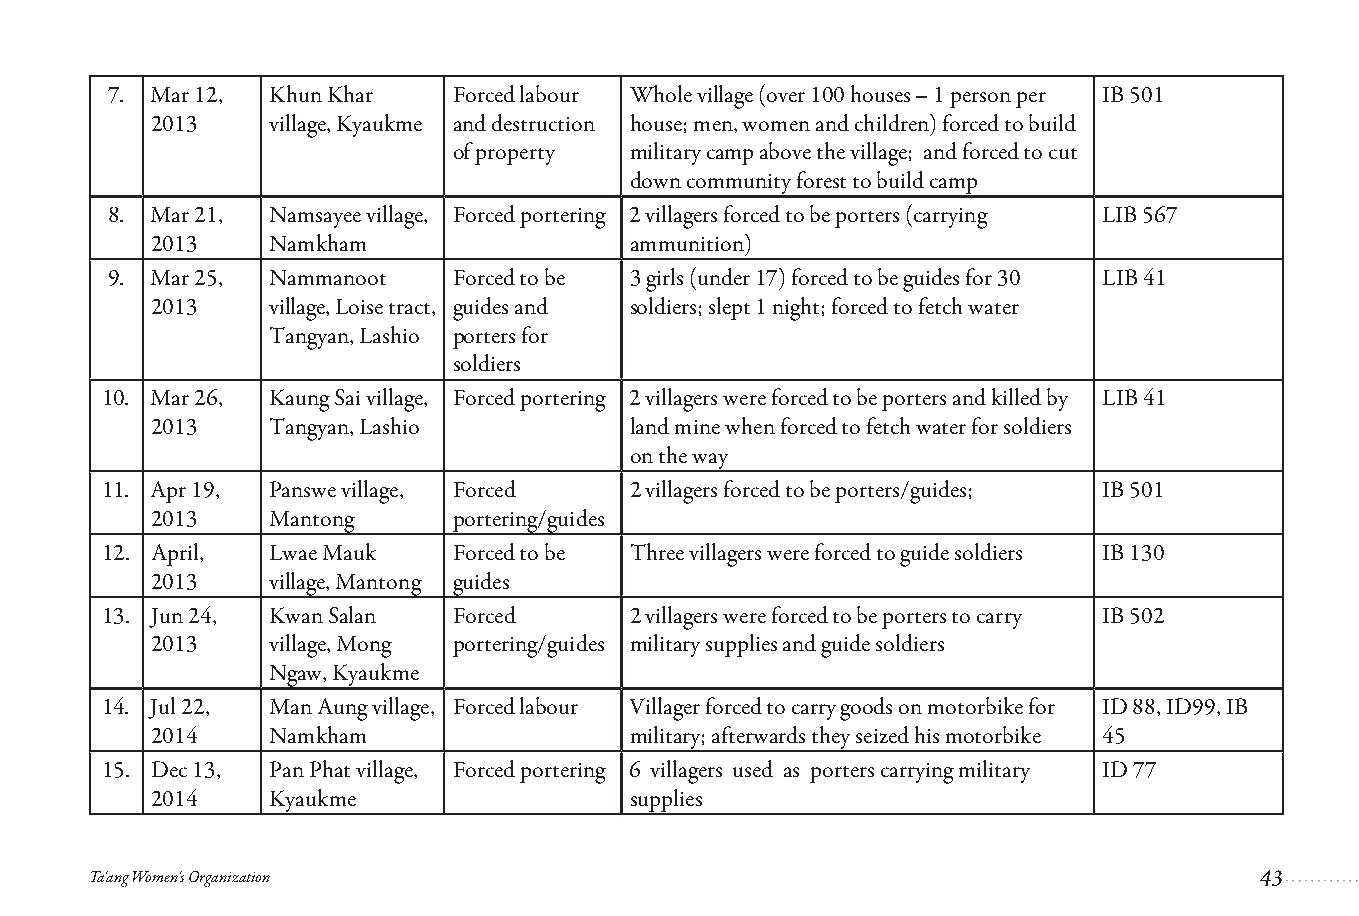
7. Mar 12, Khun Khar   Forced labour Whole village (over 100 houses – 1 person per IB 501
 2013    village, Kyaukme and destruction house; men, women and children) forced to build
 of property military camp above the village; and forced to cut
 down community forest to build camp
 8. Mar 21, Namsayee village, Forced portering 2 villagers forced to be porters (carrying LIB 567
 2013    Namkham                ammunition)
 9. Mar 25, Nammanoot   Forced to be 3 girls (under 17) forced to be guides for 30 LIB 41
 2013    village, Loise tract, guides and soldiers; slept 1 night; forced to fetch water
 Tangyan, Lashio porters for
 soldiers
 10. Mar 26, Kaung Sai village, Forced portering 2 villagers were forced to be porters and killed by LIB 41
 2013    Tangyan, Lashio        land mine when forced to fetch water for soldiers
 on the way
 11. Apr 19, Panswe village, Forced 2 villagers forced to be porters/guides; IB 501
 2013    Mantong     portering/guides
 12. April, Lwae Mauk   Forced to be Three villagers were forced to guide soldiers IB 130
 2013    village, Mantong guides
 13. Jun 24, Kwan Salan Forced     2 villagers were forced to be porters to carry IB 502
 2013    village, Mong portering/guides military supplies and guide soldiers
 Ngaw, Kyaukme
 14. Jul 22, Man Aung village, Forced labour Villager forced to carry goods on motorbike for ID 88, ID99, IB
 2014    Namkham                military; afterwards they seized his motorbike 45
 15. Dec 13, Pan Phat village, Forced portering 6 villagers used as porters carrying military ID 77
 2014    Kyaukme                supplies
 Ta'ang Women's Organization
 43